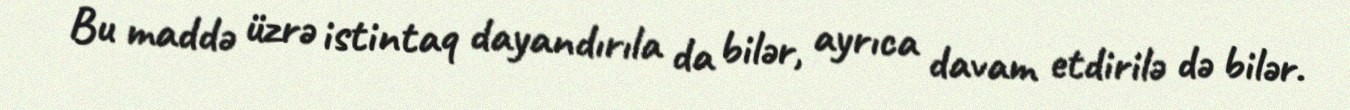
Bu maddə üzrə istintaq dayandırıla da bilər, ayrıca davam etdirilə də bilər.